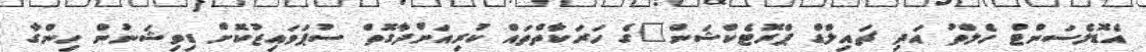
އެޑޮލެސަންޓް ހެލްތު އަދި ޗައިލްޑް ޕްރޮޓެކްޝަން"ގެ ހަރަކާތްތައް ކުރިއަށްދާގޮތް ސުޕަވައިޒުކޮށް ޑިވިޝަނުން ހިންގާ